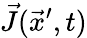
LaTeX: \vec{J}(\vec{x}^{\prime},t)